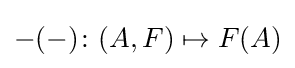
-(-)\colon (A,F)\mapsto F(A)